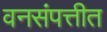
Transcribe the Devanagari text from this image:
वनसंपत्तीत